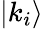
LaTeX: |k_{i}\rangle